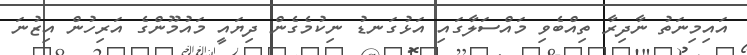
އައިމިނަތު ނާދިރާ ތިއްބެވި މައްސަލާގައި އަޅުގަނޑު ނިކުމެގެން ދިޔައީ މައުމޫންގެ އަރިހުން އިޒުނަ